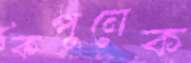
কপুনেক